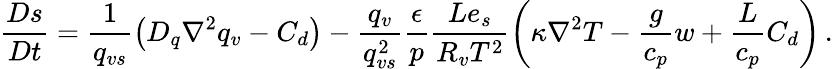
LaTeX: \frac{Ds}{Dt}=\frac{1}{q_{vs}}\left(D_{q}\nabla^{2}q_{v}-C_{d}\right)-\frac{q_{v}}{q_{vs}^{2}}\frac{\epsilon}{p}\frac{Le_{s}}{R_{v}T^{2}}\left(\kappa\nabla^{2}T-\frac{g}{c_{p}}w+\frac{L}{c_{p}}C_{d}\right)\, .